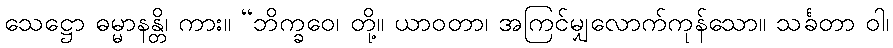
သေဋ္ဌော ဓမ္မာနန္တိ၊ ကား။ “ဘိက္ခဝေ၊ တို့။ ယာဝတာ၊ အကြင်မျှလောက်ကုန်သော။ သင်္ခတာ ဝါ၊